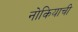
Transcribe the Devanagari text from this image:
नोकियाची